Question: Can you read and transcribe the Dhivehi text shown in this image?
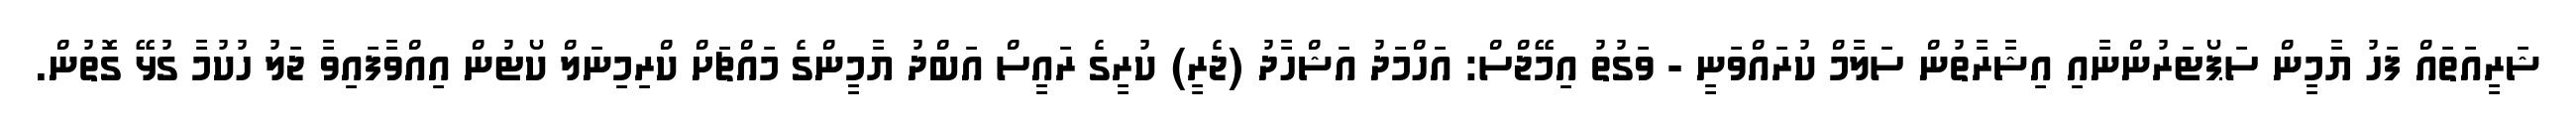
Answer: ޝަރީއަތައް ފަހު ޔާމީން ސަޕޯޓަރުންނާއި އިޝާރާތުން ސަލާމް ކުރައްވަނީ - ވަގުތު އިމޭޖްސް: އަހްމަދު އަޝްހާދު (ޖެރީ) ކުރީގެ ރައީސް އަބްދު ޔާމީންގެ މައްޗަށް ކްރިމިނަލް ކޯޓުން އިއްވާފައިވާ ޖަލު ހުކުމާ ގުޅޭ ގޮތުން.